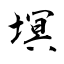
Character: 塓